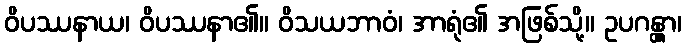
ဝိပဿနာယ၊ ဝိပဿနာ၏။ ဝိသယဘာဝံ၊ အာရုံ၏ အဖြစ်သို့။ ဥပဂန္တွာ၊